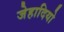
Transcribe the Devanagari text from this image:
जेहादियो